Report on vaccination in Madras 1904-1921 - 1904-1921
Year: 1904
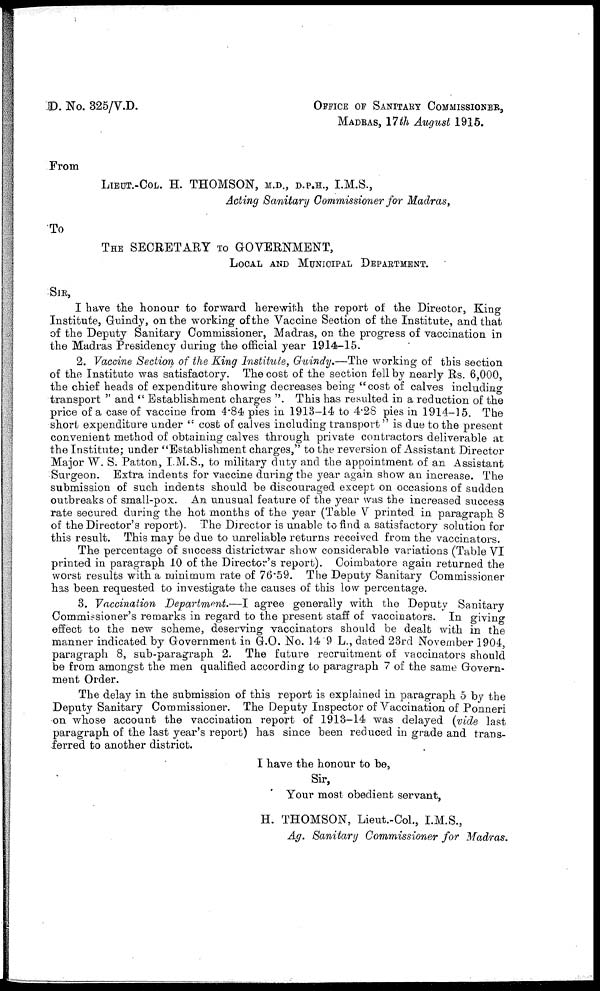
D. No. 325/V.D. OFFICE OF SANITARY COMMISSIONER,
MADRAS, 17 th August 1915.
From
LIEUT.-COL. H. THOMSON, M.D., D.P.H., I.M.S.,
Acting Sanitary Commissioner for Madras,
To
THE SECRETARY TO GOVERNMENT,
LOCAL AND MUNICIPAL DEPARTMENT.
SIR,
I have the honour to forward herewith the report of the Director, King
Institute, Guindy, on the working of the Vaccine Section of the Institute, and that
of the Deputy Sanitary Commissioner, Madras, on the progress of vaccination in
the Madras Presidency during the official year 1914-15.
2. Vaccine Section of the King Institute, Guindy.—The working of this section
of the Institute was satisfactory. The cost of the section fell by nearly Rs. 6,000,
the chief heads of expenditure showing decreases being " cost of calves including
transport " and " Establishment charges ". This has resulted in a reduction of the
price of a case of vaccine from 4.84 pies in 1913-14 to 4.28 pies in 1914-15. The
short expenditure under " cost of calves including transport" is due to the present
convenient method of obtaining calves through private contractors deliverable at
the Institute; under "Establishment charges," to the reversion of Assistant Director
Major W. S. Patton, I.M.S., to military duty and the appointment of an Assistant
Surgeon. Extra indents for vaccine during the year again show an increase. The
submission of such indents should be discouraged except on occasions of sudden
outbreaks of small-pox. An unusual feature of the year was the increased success
rate secured during the hot months of the year (Table V printed in paragraph 8
of the Director's report). The Director is unable to find a satisfactory solution for
this result. This may be due to unreliable returns received from the vaccinators.
The percentage of success districtwar show considerable variations (Table VI
printed in paragraph 10 of the Director's report). Coimbatore again returned the
worst results with a minimum rate of 76.59. The Deputy Sanitary Commissioner
has been requested to investigate the causes of this low percentage.
3. Vaccination Department.—I agree generally with the Deputy Sanitary
Commissioner's remarks in regard to the present staff of vaccinators. In giving
effect to the new scheme, deserving vaccinators should be dealt with in the
manner indicated by Government in G.O. No. 14 9 L., dated 23rd November 1904,
paragraph 8, sub-paragraph 2. The future recruitment of vaccinators should
be from amongst the men qualified according to paragraph 7 of the same Govern-
ment Order.
The delay in the submission of this report is explained in paragraph 5 by the
Deputy Sanitary Commissioner. The Deputy Inspector of Vaccination of Ponneri
on whose account the vaccination report of 1913-14 was delayed (vide last
paragraph of the last year's report) has since been reduced in grade and trans-
ferred to another district.
I have the honour to be,
Sir,
Your most obedient servant,
H. THOMSON, Lieut.-Col., I.M.S.,
Ag. Sanitary Commissioner for Madras.